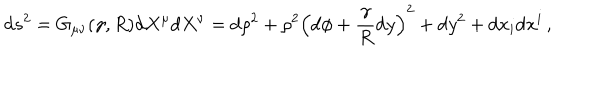
\mathrm { d } s ^ { 2 } = G _ { \mu \nu } ( \gamma , R ) \mathrm { d } X ^ { \mu } \mathrm { d } X ^ { \nu } = \mathrm { d } \rho ^ { 2 } + \rho ^ { 2 } \left( \mathrm { d } \phi + { \frac { \gamma } { R } } \mathrm { d } y \right) ^ { 2 } + \mathrm { d } y ^ { 2 } + \mathrm { d } x _ { i } \mathrm { d } x ^ { i } \, ,